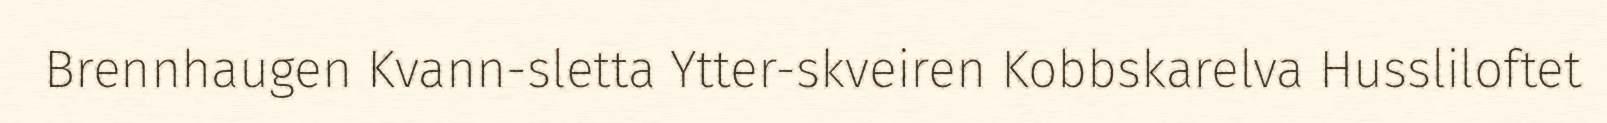
Brennhaugen Kvann-sletta Ytter-skveiren Kobbskarelva Hussliloftet